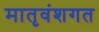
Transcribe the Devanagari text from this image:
मातृवंशगत